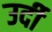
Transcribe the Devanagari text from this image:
उर्दी